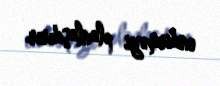
endirməyi planlaşdırır.